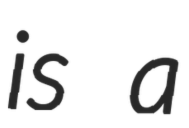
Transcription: is a